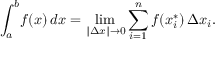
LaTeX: \int _ { a } ^ { b } \! f ( x ) \, d x = \operatorname* { l i m } _ { \| \Delta x \| \rightarrow 0 } \sum _ { i = 1 } ^ { n } f ( x _ { i } ^ { * } ) \, \Delta x _ { i } .